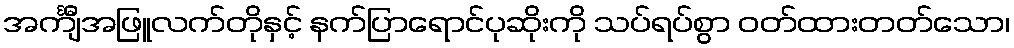
အင်္ကျီအဖြူလက်တိုနှင့် နက်ပြာရောင်ပုဆိုးကို သပ်ရပ်စွာ ဝတ်ထားတတ်သော၊